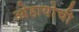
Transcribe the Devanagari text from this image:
ओहायोची